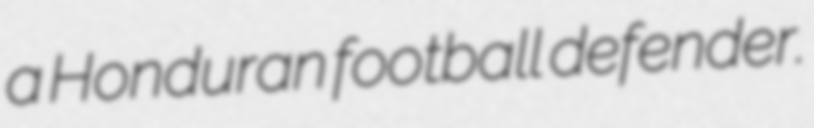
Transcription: a Honduran football defender.